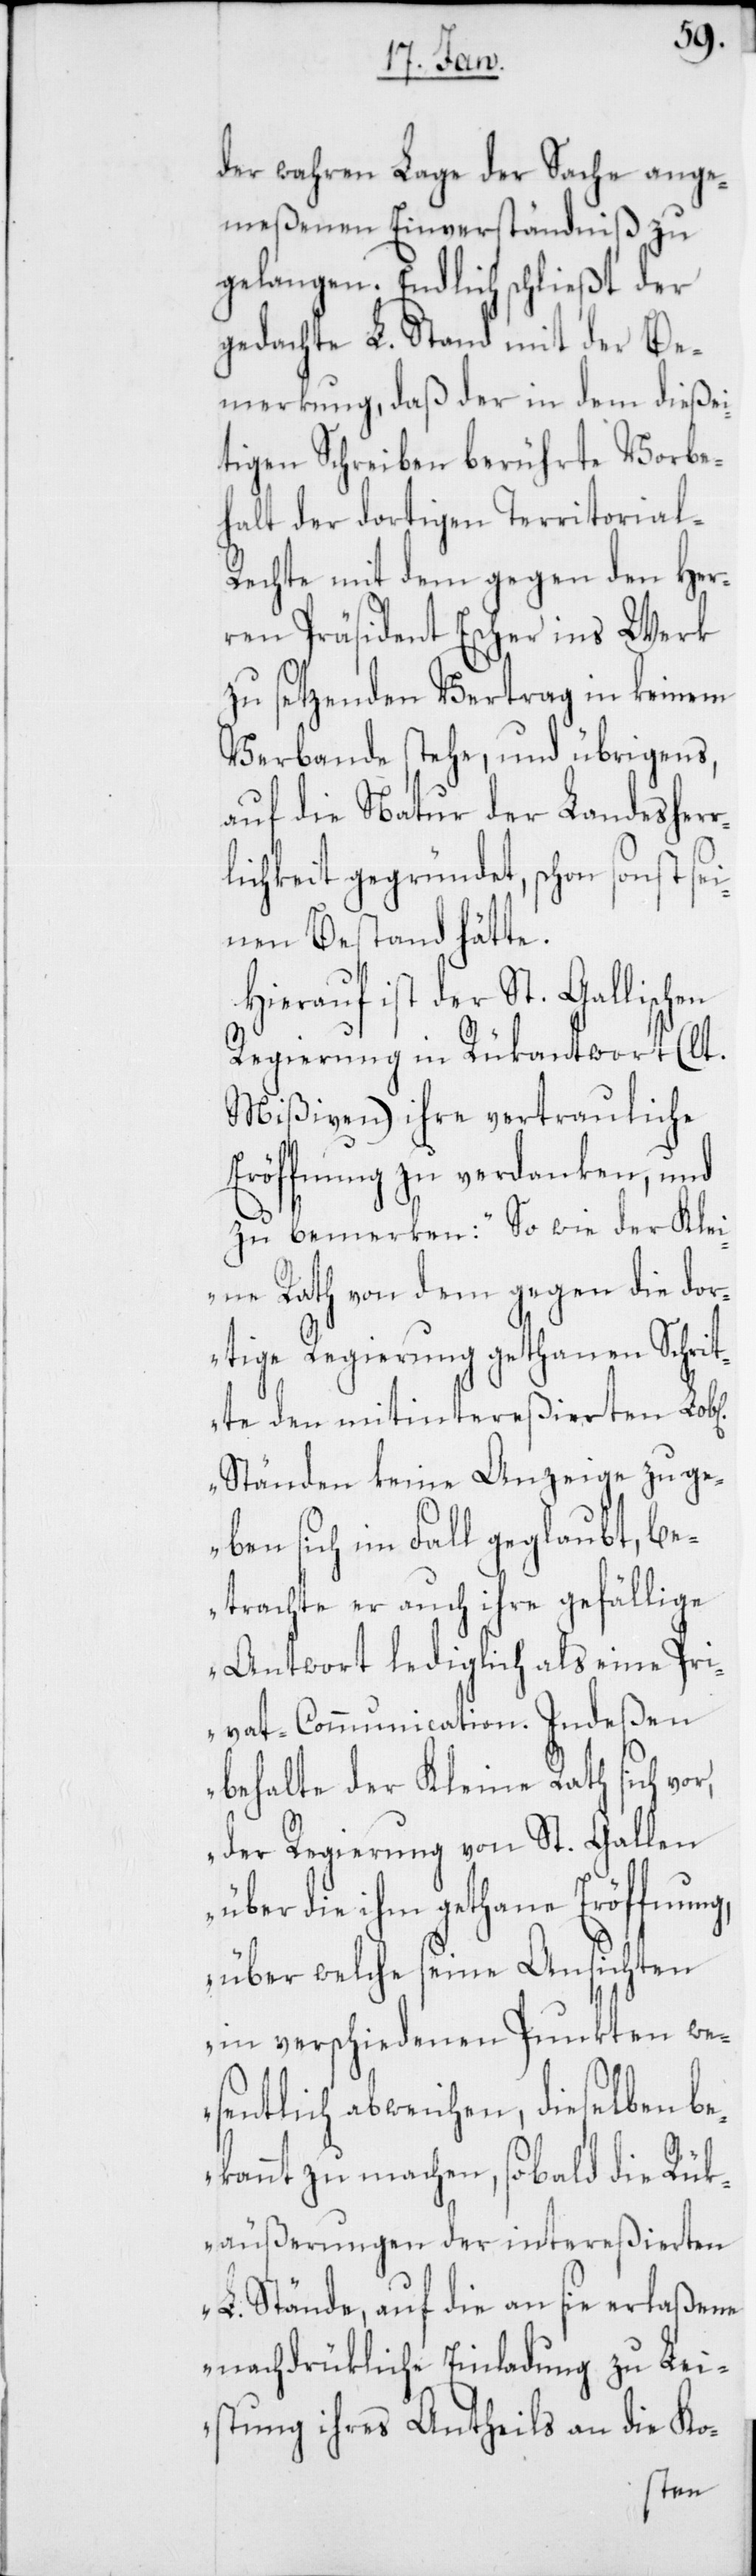
der wahren Lage der Sache ange¬
meßenen Einverständnis zu
gelangen. Endlich schließt der
gedachte L. Stand mit der Be¬
merkung, daß der in dem dießei¬
tigen Schreiben berührte Vorbe¬
halt der dortigen Territorial-R¬
echte mit dem gegen den Her¬
ren Präsident Escher ins Werk
zu setzenden Vertrag in keinem
Verbande stehe, und übrigens,
auf die Natur der Landesherr¬
lichkeit gegründet, schon sonst sei¬
nen Bestand hätte.
Hierauf ist der St. Gallischen
Regierung in Rükantwort (lt.
Mißiven) ihre vertrauliche
Eröffnung zu verdanken, und
zu bemerken: „So wie der Klei¬
ne Rath von dem gegen die dor¬
tige Regierung gethanen Schrit¬
te den mitintereßierten
Ständen keine Anzeige zu ge¬
ben sich im Fall geglaubt, be¬
trachte er auch ihre gefällige
Antwort lediglich als eine Pri¬
vat-Communication. Indeßen
behalte der Kleine Rath sich vor,
der Regierung von St. Gallen
über die ihm gethane Eröffnung,
über welche seine Ansichten
in verschiedenen Punkten we¬
sentlich abweichen, dieselben be¬
kannt zu machen, sobald die Rük¬
äußerungen der intereßierten
L. Stände, auf die an sie erlaßene
nachdrükliche Einladung zu Lei¬
stung ihres Antheils an die Ko-